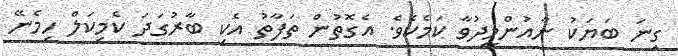
ގިނަ ބަޔަކު ނާއުންމީދުވާ ކަމެކެވެ. އެގޮތުން ތަފާތު އެކި ބާރުގަދަ ކެމިކަލް ހިމެނޭ